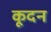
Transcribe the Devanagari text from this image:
कूदन